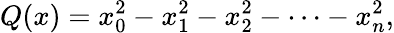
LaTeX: Q(x)=x_{0}^{2}-x_{1}^{2}-x_{2}^{2}-\cdots-x_{n}^{2},